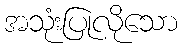
အသုံးပြုလိုသော